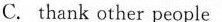
C. thank other people